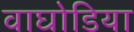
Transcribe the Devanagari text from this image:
वाघोडिया